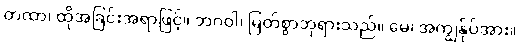
တထာ၊ ထိုအခြင်းအရာဖြင့်။ ဘဂဝါ၊ မြတ်စွာဘုရားသည်။ မေ၊ အကျွန်ုပ်အား။